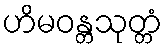
ဟိမဝန္တသုတ္တံ